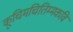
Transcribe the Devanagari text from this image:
कूचिमचितिम्मकवि